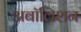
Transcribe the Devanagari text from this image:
अबॉलिशन